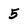
Character: 5